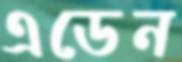
এডেন